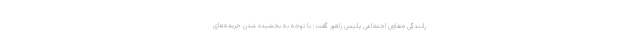
رانندگی معاون اجتماعی پلیس راهور گفت: با توجه به بخشیده شدن جریمه‌های